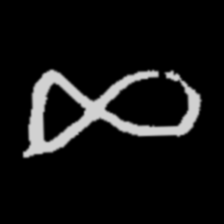
Pyu character \u2014 Myanmar letter: ဆ (romanized: cha)